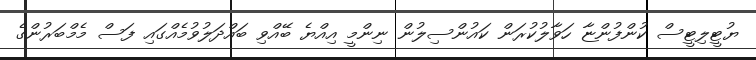
ޔުޓީލިޓީސް ކުންފުންޏާ ހަވާލުކުރަން ކައުންސިލުން ނިންމީ އިއްޔެ ބޭއްވި ބައްދަލުވުމެއްގައި ފަސް މެމްބަރުންގެ